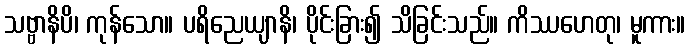
သဗ္ဗာနိပိ၊ ကုန်သော။ ပရိညေယျာနိ၊ ပိုင်းခြား၍ သိခြင်းသည်။ ကိဿဟေတု၊ မူကား။